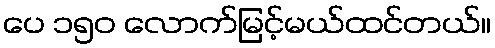
ပေ ၁၅၀ လောက်မြင့်မယ်ထင်တယ်။